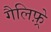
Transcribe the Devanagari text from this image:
गैलिफ़्रे